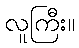
လူကြီး။